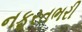
નફરતભરી